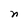
Character: n